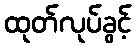
ထုတ်လုပ်ခွင့်